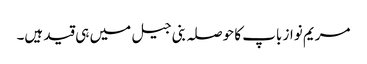
مریم نواز باپ کا حوصلہ بنی جیل میں ہی قید ہیں۔